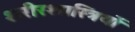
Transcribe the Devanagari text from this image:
शरीरशास्त्रियों